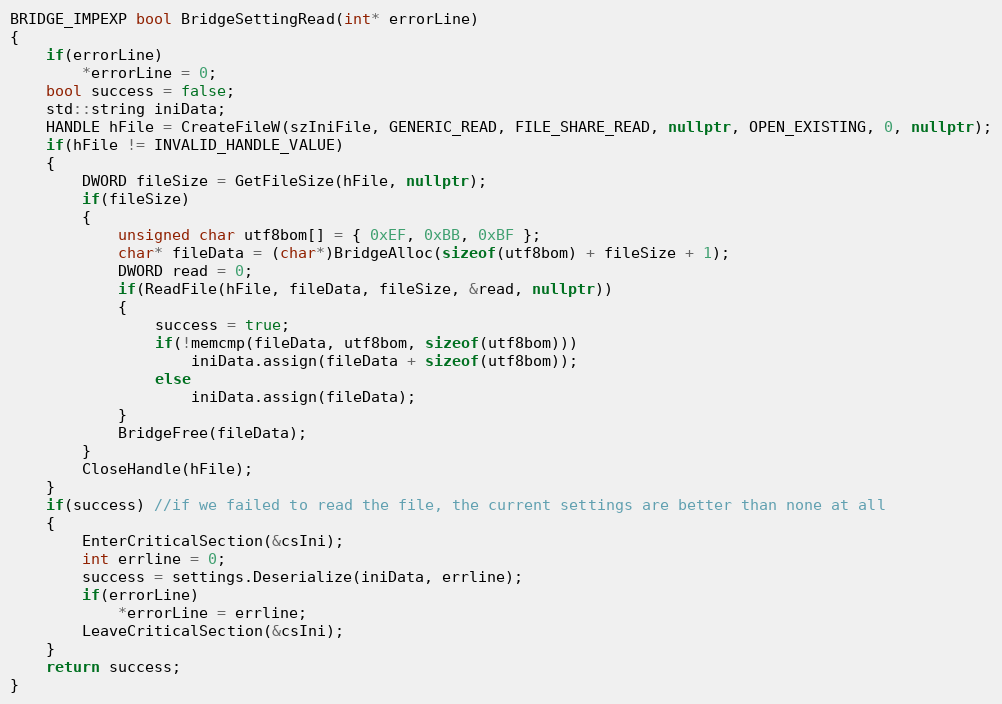
Language: C++
BRIDGE_IMPEXP bool BridgeSettingRead(int* errorLine)
{
    if(errorLine)
        *errorLine = 0;
    bool success = false;
    std::string iniData;
    HANDLE hFile = CreateFileW(szIniFile, GENERIC_READ, FILE_SHARE_READ, nullptr, OPEN_EXISTING, 0, nullptr);
    if(hFile != INVALID_HANDLE_VALUE)
    {
        DWORD fileSize = GetFileSize(hFile, nullptr);
        if(fileSize)
        {
            unsigned char utf8bom[] = { 0xEF, 0xBB, 0xBF };
            char* fileData = (char*)BridgeAlloc(sizeof(utf8bom) + fileSize + 1);
            DWORD read = 0;
            if(ReadFile(hFile, fileData, fileSize, &read, nullptr))
            {
                success = true;
                if(!memcmp(fileData, utf8bom, sizeof(utf8bom)))
                    iniData.assign(fileData + sizeof(utf8bom));
                else
                    iniData.assign(fileData);
            }
            BridgeFree(fileData);
        }
        CloseHandle(hFile);
    }
    if(success) //if we failed to read the file, the current settings are better than none at all
    {
        EnterCriticalSection(&csIni);
        int errline = 0;
        success = settings.Deserialize(iniData, errline);
        if(errorLine)
            *errorLine = errline;
        LeaveCriticalSection(&csIni);
    }
    return success;
}